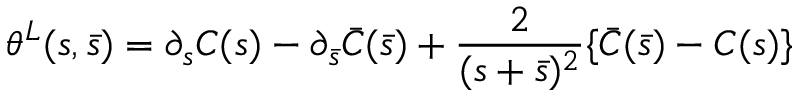
\theta ^ { L } ( s , \bar { s } ) = \partial _ { s } C ( s ) - \partial _ { \bar { s } } \bar { C } ( \bar { s } ) + \frac { 2 } { ( s + \bar { s } ) ^ { 2 } } \{ \bar { C } ( \bar { s } ) - C ( s ) \}